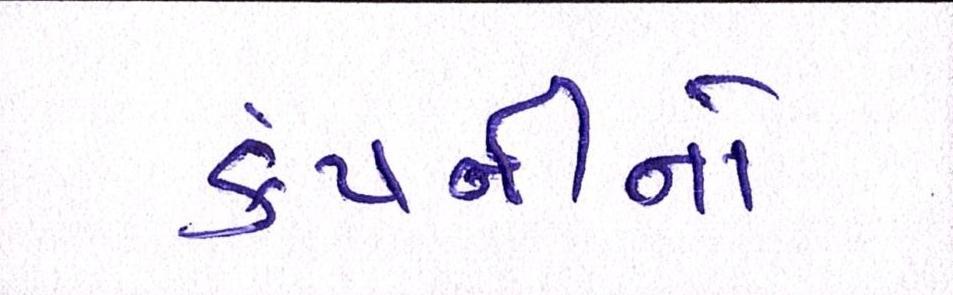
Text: કંપનીનો